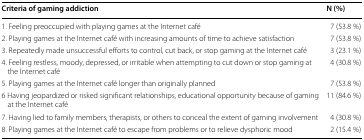
<table><thead><tr><td><b>Criteria of gaming addiction</b></td><td><b>N (%)</b></td></tr></thead><tbody><tr><td>1. Feeling preoccupied with playing games at the Internet café</td><td>7 (53.8 %)</td></tr><tr><td>2. Playing games at the Internet café with increasing amounts of time to achieve satisfaction</td><td>7 (53.8 %)</td></tr><tr><td>3. Repeatedly made unsuccessful efforts to control, cut back, or stop gaming at the Internet café</td><td>3 (23.1 %)</td></tr><tr><td>4. Feeling restless, moody, depressed, or irritable when attempting to cut down or stop gaming at the Internet café</td><td>4 (30.8 %)</td></tr><tr><td>5. Playing games at the Internet café longer than originally planned</td><td>7 (53.8 %)</td></tr><tr><td>6 Having jeopardized or risked significant relationships, educational opportunity because of gaming at the Internet café</td><td>11 (84.6 %)</td></tr><tr><td>7. Having lied to family members, therapists, or others to conceal the extent of gaming involvement</td><td>4 (30.8 %)</td></tr><tr><td>8. Playing games at the Internet café to escape from problems or to relieve dysphoric mood</td><td>2 (15.4 %)</td></tr></tbody></table>